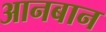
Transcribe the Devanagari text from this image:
आनबान